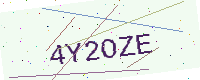
Text: 4Y2OZE